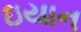
ઇયાન